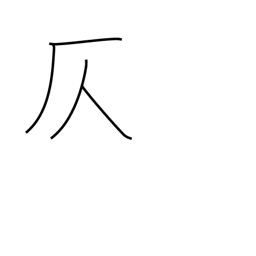
Meaning: suggest